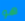
هو